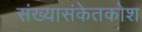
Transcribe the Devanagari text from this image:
संख्यासंकेतकोश